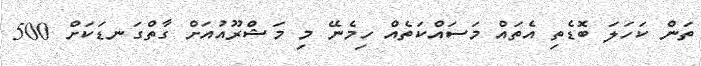
ތަން ކަހަލަ ބޮޑެތި އެތައް މަސައްކަތެއް ހިމެނޭ މި މަޝްރޫއުއަށް ގާތްގަނޑަކަށް 500